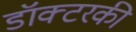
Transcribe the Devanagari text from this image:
डॉक्टरकी